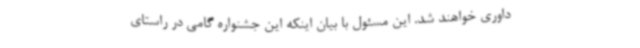
داوری خواهند شد. این مسئول با بیان اینکه این جشنواره گامی در راستای